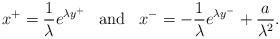
\begin{align*}x^{+} = {1\over\lambda} e^{\lambda y^{+}}\;\;\;\mbox{and}\;\;\;x^{-} = -{1\over\lambda} e^{\lambda y^{-}} + {a\over \lambda^{2}}.\end{align*}